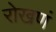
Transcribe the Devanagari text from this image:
रोखणं